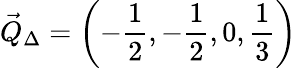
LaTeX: \vec{Q}_{\Delta}=\left(-\frac{1}{2},-\frac{1}{2},0,\frac{1}{3}\right)